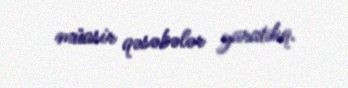
müasir qəsəbələr yaratdıq.